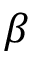
\beta